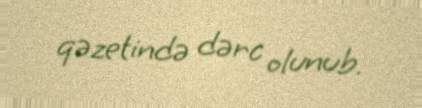
qəzetində dərc olunub.